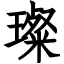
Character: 璨